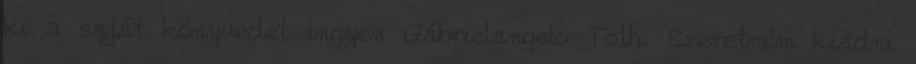
ki a saját könyvedet ingyen Gábrielangelo Toth: Szeretném kiadni